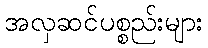
အလှဆင်ပစ္စည်းများ